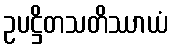
ဥပဋ္ဌိတသတိဿာယံ